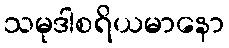
သမုဒါစရိယမာနော